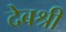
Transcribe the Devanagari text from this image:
देबश्री